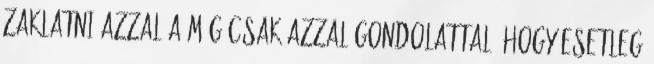
zaklatni azzal a még csak azzal gondolattal, hogy esetleg